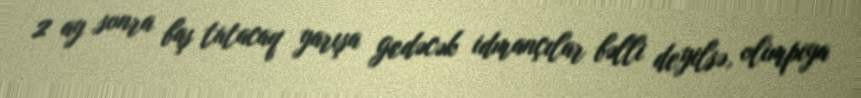
2 ay sonra baş tutacaq yarışa gedəcək idmançılar bəlli deyilsə, olimpiya